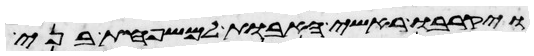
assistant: ויקרבו ראשי האבות למשפחות בני